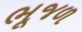
ભૂજળ